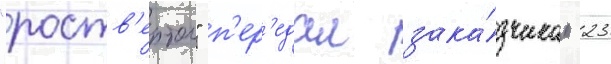
"роств'ертол" п'ер'едал зака́зчикам 23